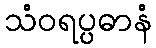
သံဝရပ္ပဓာနံ